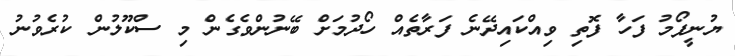
ޔުނީފޯމު ފަހާ ފޮތި ވިއްކައިދޭނެ ފަރާތެއް ހޯދުމަށް ބޭނުންވެގެން މި ސްކޫލުން ކުރެވުނު